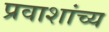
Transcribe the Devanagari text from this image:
प्रवाशांच्य